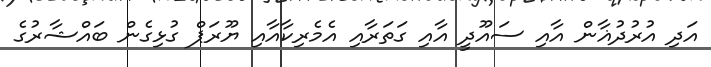
އަދި އުރުދުޣާން އާއި ސައޫދީ އާއި ގަތަރާއި އެމެރިކާއާއި ޔޫރަޕް ގުޅިގެން ބައްޝާރުގެ